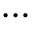
\begin{array} { c } { \ } \\ { \cdots } \\ { \ } \end{array}